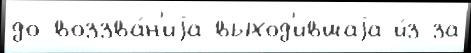
до воззва́н'иjа выход'ившаjа и́з-за